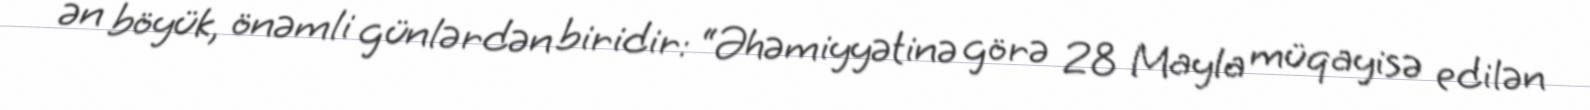
ən böyük, önəmli günlərdən biridir: “Əhəmiyyətinə görə 28 Mayla müqayisə edilən